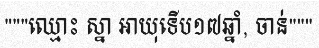
"""ឈ្មោះ ស្នា អាយុទើប១៧ឆ្នាំ, ចាន់"""